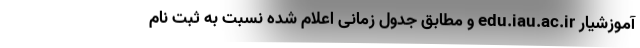
آموزشیار edu.iau.ac.ir و مطابق جدول زمانی اعلام شده نسبت به ثبت نام